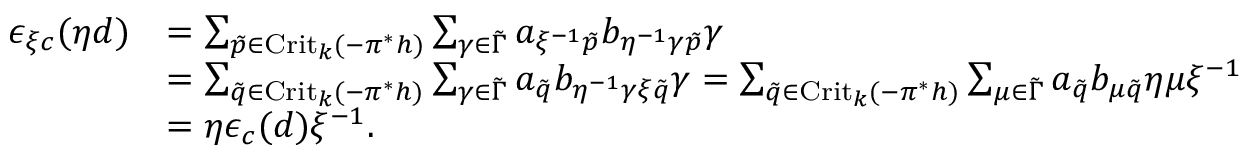
\begin{array} { r l } { \epsilon _ { \xi c } ( \eta d ) } & { = \sum _ { \tilde { p } \in \mathrm { C r i t } _ { k } ( - \pi ^ { * } h ) } \sum _ { \gamma \in \tilde { \Gamma } } a _ { \xi ^ { - 1 } \tilde { p } } b _ { \eta ^ { - 1 } \gamma \tilde { p } } \gamma } \\ & { = \sum _ { \tilde { q } \in \mathrm { C r i t } _ { k } ( - \pi ^ { * } h ) } \sum _ { \gamma \in \tilde { \Gamma } } a _ { \tilde { q } } b _ { \eta ^ { - 1 } \gamma \xi \tilde { q } } \gamma = \sum _ { \tilde { q } \in \mathrm { C r i t } _ { k } ( - \pi ^ { * } h ) } \sum _ { \mu \in \tilde { \Gamma } } a _ { \tilde { q } } b _ { \mu \tilde { q } } \eta \mu \xi ^ { - 1 } } \\ & { = \eta \epsilon _ { c } ( d ) \xi ^ { - 1 } . } \end{array}